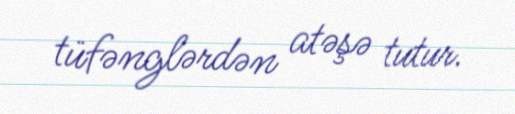
tüfənglərdən atəşə tutur.